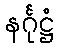
နင်္ဂုဋ္ဌံ